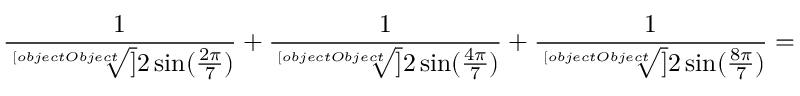
{ \frac { 1 } { \sqrt [ [object Object] ] { 2 \sin ( { \frac { 2 \pi } { 7 } } ) } } } + { \frac { 1 } { \sqrt [ [object Object] ] { 2 \sin ( { \frac { 4 \pi } { 7 } } ) } } } + { \frac { 1 } { \sqrt [ [object Object] ] { 2 \sin ( { \frac { 8 \pi } { 7 } } ) } } } =